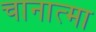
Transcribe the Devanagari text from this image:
चानात्मा